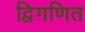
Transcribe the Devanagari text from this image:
द्विगणित